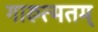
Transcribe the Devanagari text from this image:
गारुत्मतम्